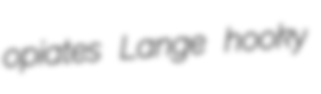
opiates Lange hooky